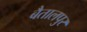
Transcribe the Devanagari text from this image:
बैतालपुर